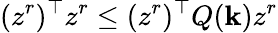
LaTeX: (z^{r})^{\top}z^{r}\leq(z^{r})^{\top}Q(\mathbf{k})z^{r}